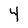
Character: 4